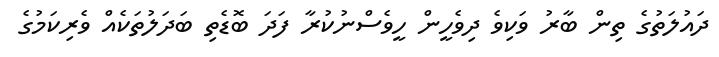
ދައުލަތުގެ ތިން ބާރު ވަކިވެ ދިވެހީން ހީވެސްނުކުރާ ފަދަ ބޮޑެތި ބަދަލުތަކެއް ވެރިކަމުގެ